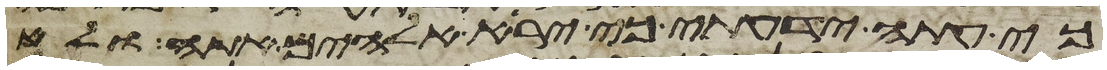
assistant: כי עתה ידעתי כי ירא אלהים אתה ולא